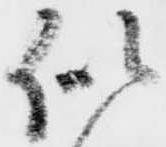
似